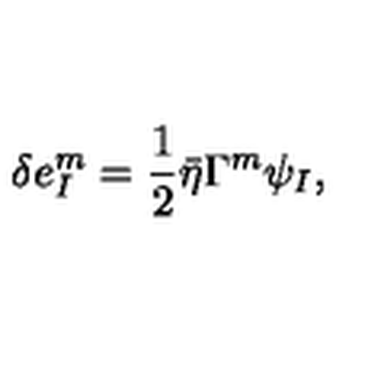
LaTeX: \delta e _ { I } ^ { m } = \frac { 1 } { 2 } \bar { \eta } \Gamma ^ { m } \psi _ { I } ,